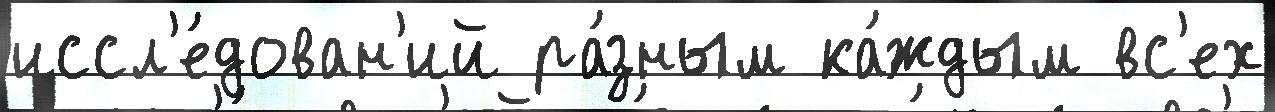
иссл'е́дован'ий ра́зным ка́ждым вс'ех